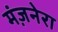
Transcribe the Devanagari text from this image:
मंज़नेरा